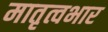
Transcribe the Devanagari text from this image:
मातृत्वभार